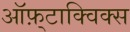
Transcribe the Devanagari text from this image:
ऑफ़्टाक्विक्स